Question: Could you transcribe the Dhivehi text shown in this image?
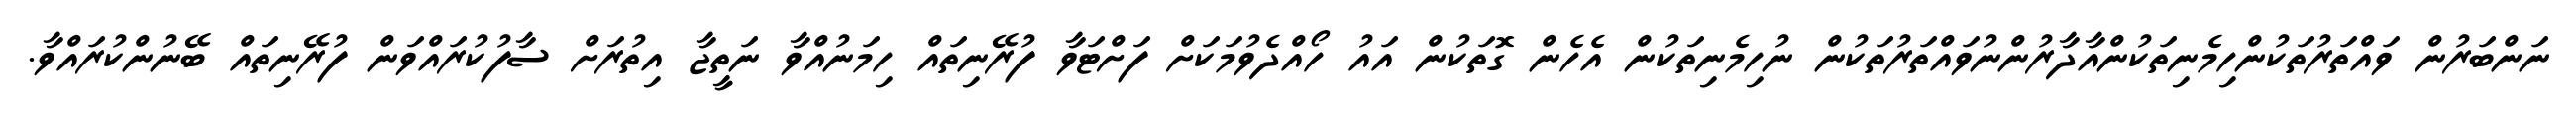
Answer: ނަންބަރުން ވައްތަރުތަކުންހިމެނިތަކުންއާދާރުންނުވައްތަރުތަކުން ނުހިމެނިތަކުން އެހެން ގޮތަކުން އައު ހޯއްދެވުމަކަށް ފަށްޓަވާ ފުރޭނިތައް ހިމަނުއްވާ ނަތީޖާ އިތުރަށް ސާފުކުރައްވަން ފުރޭނިތައް ބޭނުންކުރައްވާ.